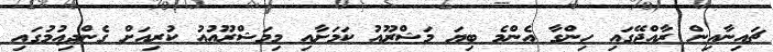
ޗައިނާއިން ރާއްޖޭގައި ހިންގާ އެންމެ ބިޔަ މަޝްރޫއު ކަމަށާއި މިމަޝްރޫއުއު ކުރިއަށް ގެންދިއުމުގައި